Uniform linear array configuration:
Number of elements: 24
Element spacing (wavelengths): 0.5
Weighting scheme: uniform
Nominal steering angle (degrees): -15
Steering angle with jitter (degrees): -16.756
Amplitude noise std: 0.05
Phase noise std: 0.05

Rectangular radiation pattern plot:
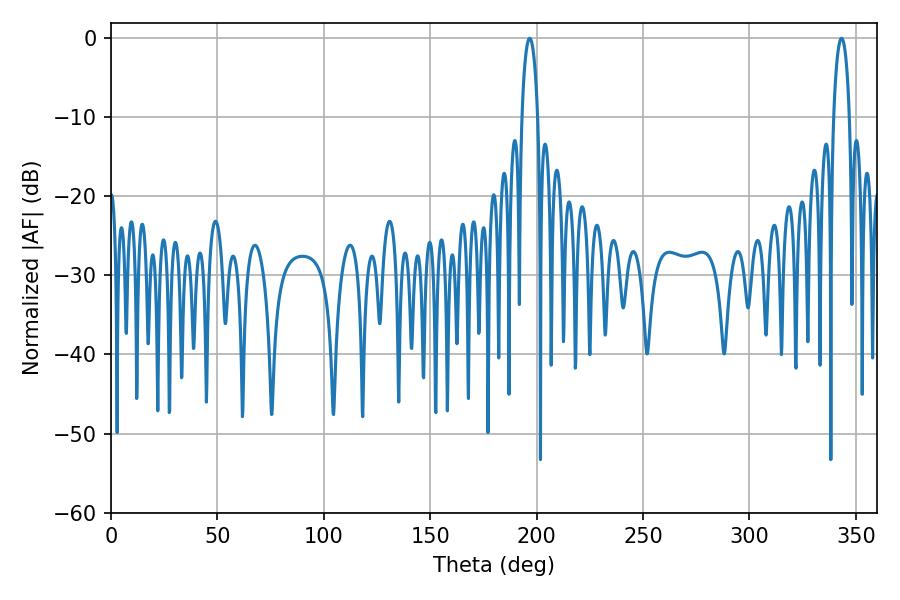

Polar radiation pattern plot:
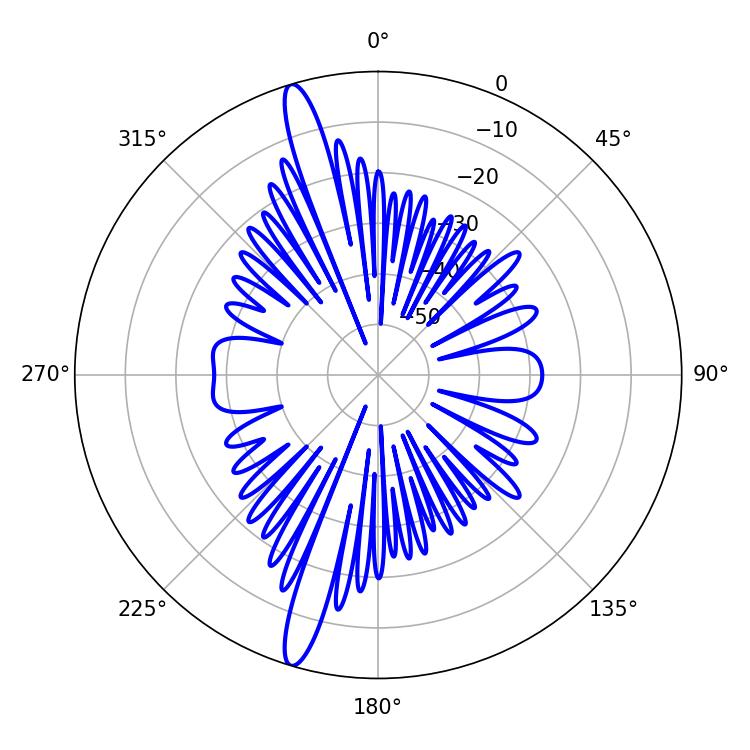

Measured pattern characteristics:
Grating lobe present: FALSE
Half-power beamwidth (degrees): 4.32
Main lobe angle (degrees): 196.74